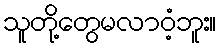
သူတို့တွေမလာဝံ့ဘူး။